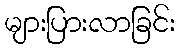
များပြားလာခြင်း